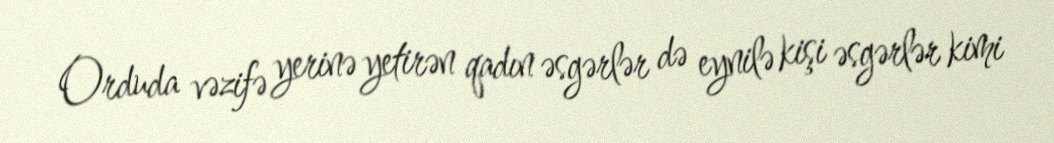
Orduda vəzifə yerinə yetirən qadın əsgərlər də eynilə kişi əsgərlər kimi